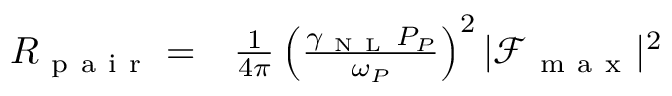
\begin{array} { r l } { R _ { \mathrm { ~ p ~ a ~ i ~ r ~ } } = } & { { } \frac { 1 } { 4 \pi } \left( \frac { \gamma _ { \mathrm { ~ N ~ L ~ } } P _ { P } } { \omega _ { P } } \right) ^ { 2 } | \mathcal { F } _ { \mathrm { ~ m ~ a ~ x ~ } } | ^ { 2 } } \end{array}